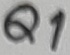
Text: Q1